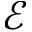
\mathcal { E }